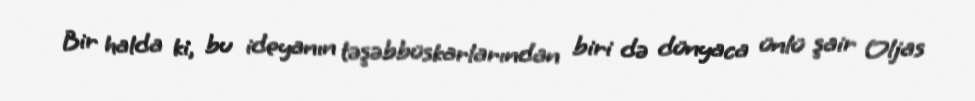
Bir halda ki, bu ideyanın təşəbbüskarlarından biri də dünyaca ünlü şair Oljas